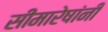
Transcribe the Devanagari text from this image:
सीमारेषांनी